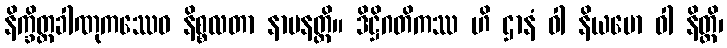
နိက္ခိတ္တခါဏုကဿေဝ နိစ္စလတာ နာမနတ္ထိ။ ဒိဋ္ဌိဂတိကဿ ဟိ ဌာနံ ဝါ နိယမော ဝါ နိတ္ထိ၊